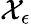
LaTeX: \mathcal{X}_{\epsilon}